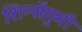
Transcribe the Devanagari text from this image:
शिन्सेंगुमी